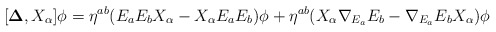
\begin{align*}[{\bf \Delta},X_\alpha]\phi = {\eta}^{ab}(E_aE_bX_\alpha - X_\alpha E_aE_b)\phi+{\eta}^{ab}(X_\alpha{\nabla_{E_a}}E_b - {\nabla_{E_a}}E_bX_\alpha)\phi\end{align*}